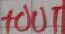
Text: +OUT